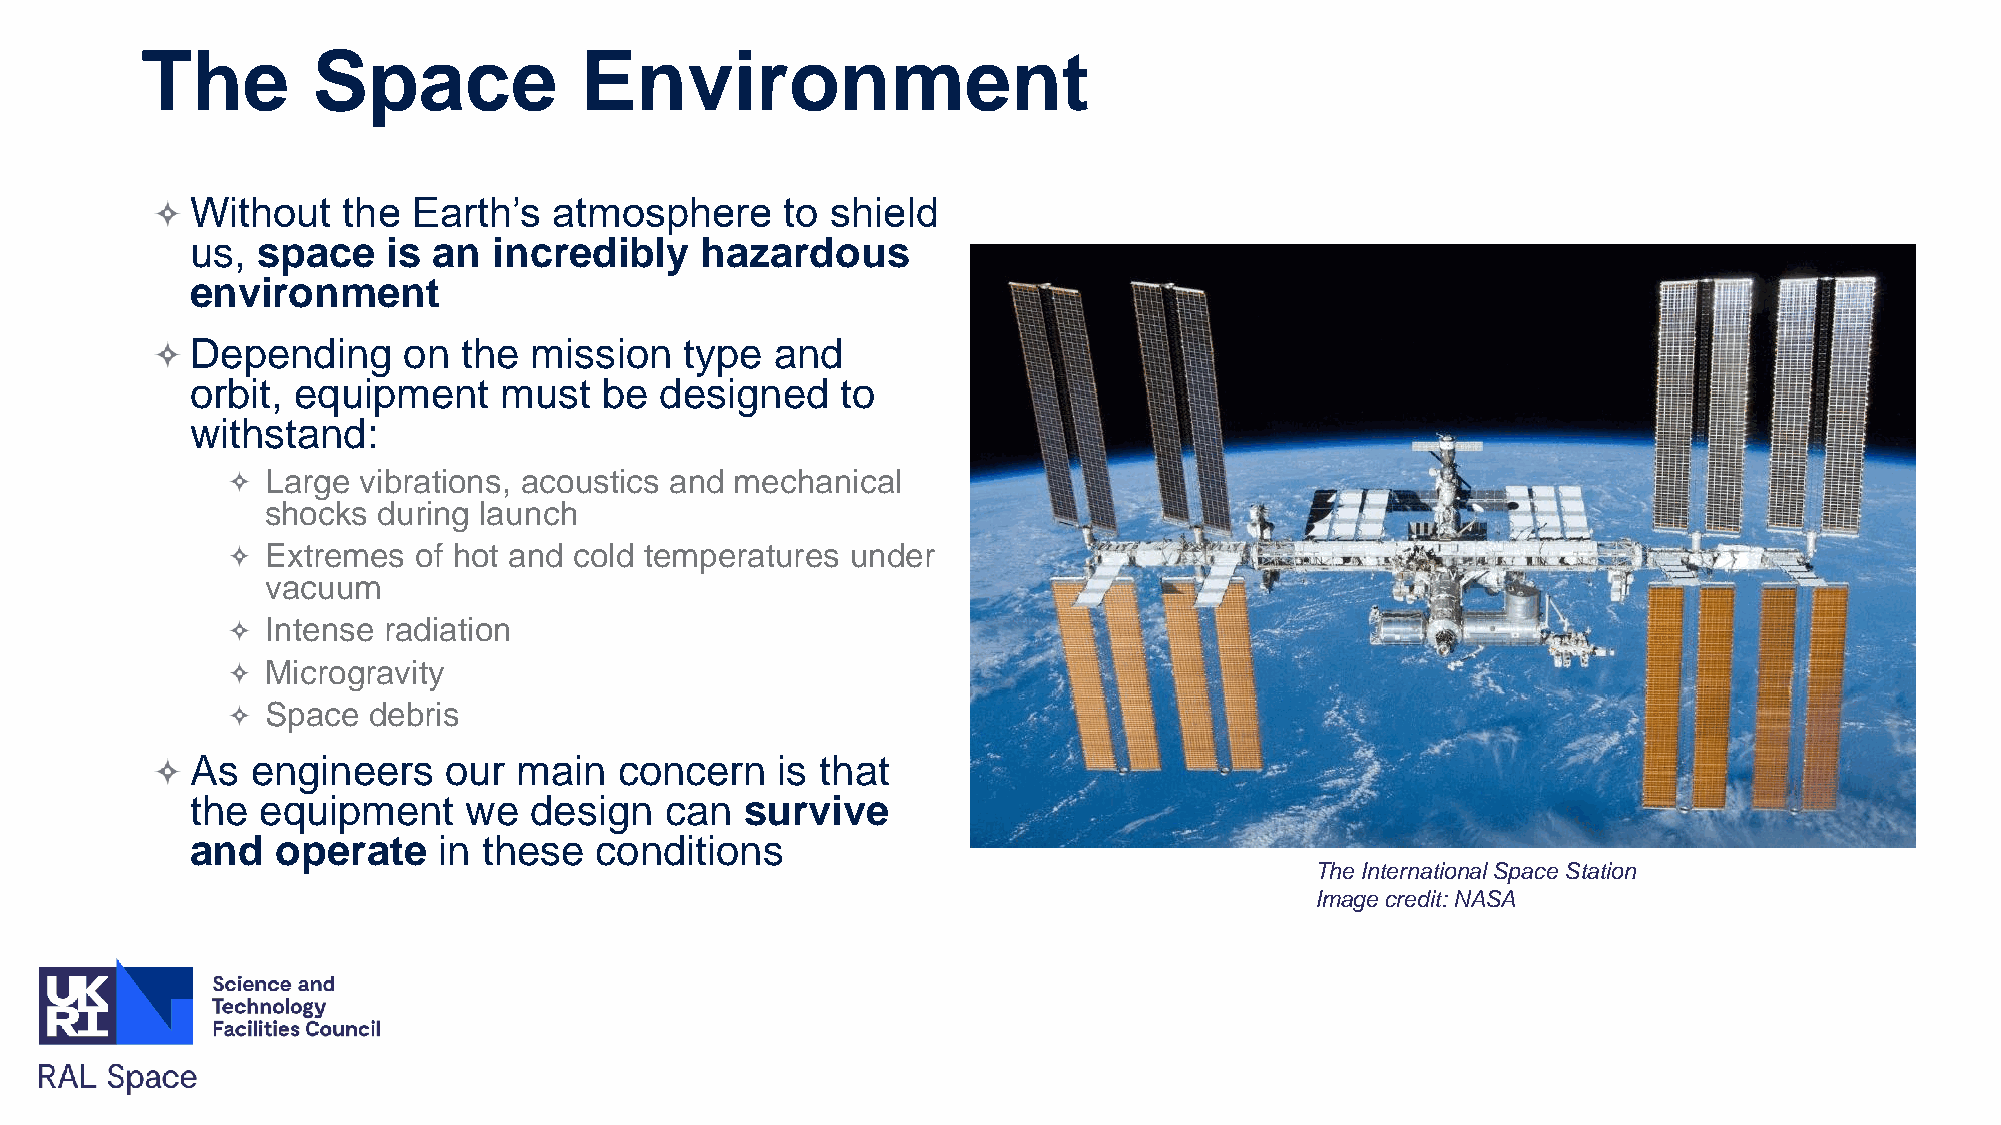
The         Space            Environment
 Without   the Earth’s   atmosphere     to shield
 us, space    is an  incredibly   hazardous
 environment
 Depending     on  the mission   type  and
 orbit, equipment    must   be  designed    to
 withstand:
 Large vibrations, acoustics and mechanical
 shocks during launch
 Extremes of hot and cold temperatures under
 vacuum
 Intense radiation
 Microgravity
 Space debris
 As  engineers   our  main   concern   is that
 the equipment     we  design   can  survive
 and  operate    in these  conditions
 The International Space Station
 Image credit: NASA